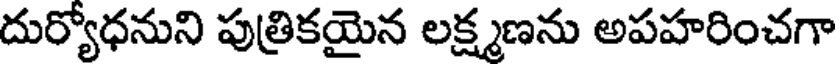
దుర్యోధనుని పుత్రికయైన లక్ష్మణను అపహరించగా